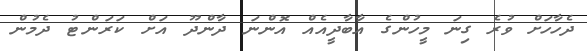
ދެހާހަށް ވުރެ ގިނަ މީހުންގެ އާބާދީއެއް އޮންނަ ދާންދޫ އަށް ކަރަންޓު ދެމުން